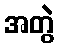
အတွဲ